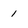
Character: 1